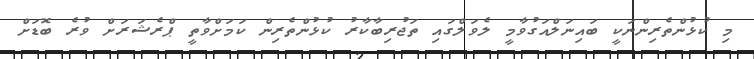
މި ކުޅުންތެރިންނަކީ ބައިނަލްއަގުވާމީ ލެވަލްގައި ތަޖުރިބާކާރު ކުޅުންތެރިން ކަމަށްވާތީ ޕްރެޝަރަށް ވުރެ ބޮޑަށް